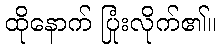
ထိုနောက် ပြုံးလိုက်၏။